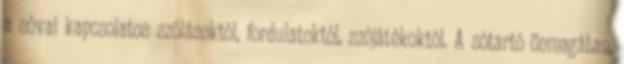
a sóval kapcsolatos szólásoktól, fordulatoktól, szójátékoktól. A sótartó önmagában,